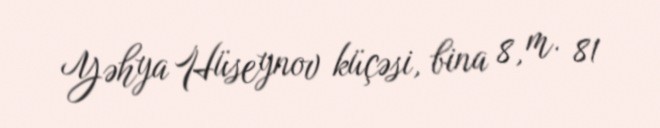
Yəhya Hüseynov küçəsi, bina 8, m. 81